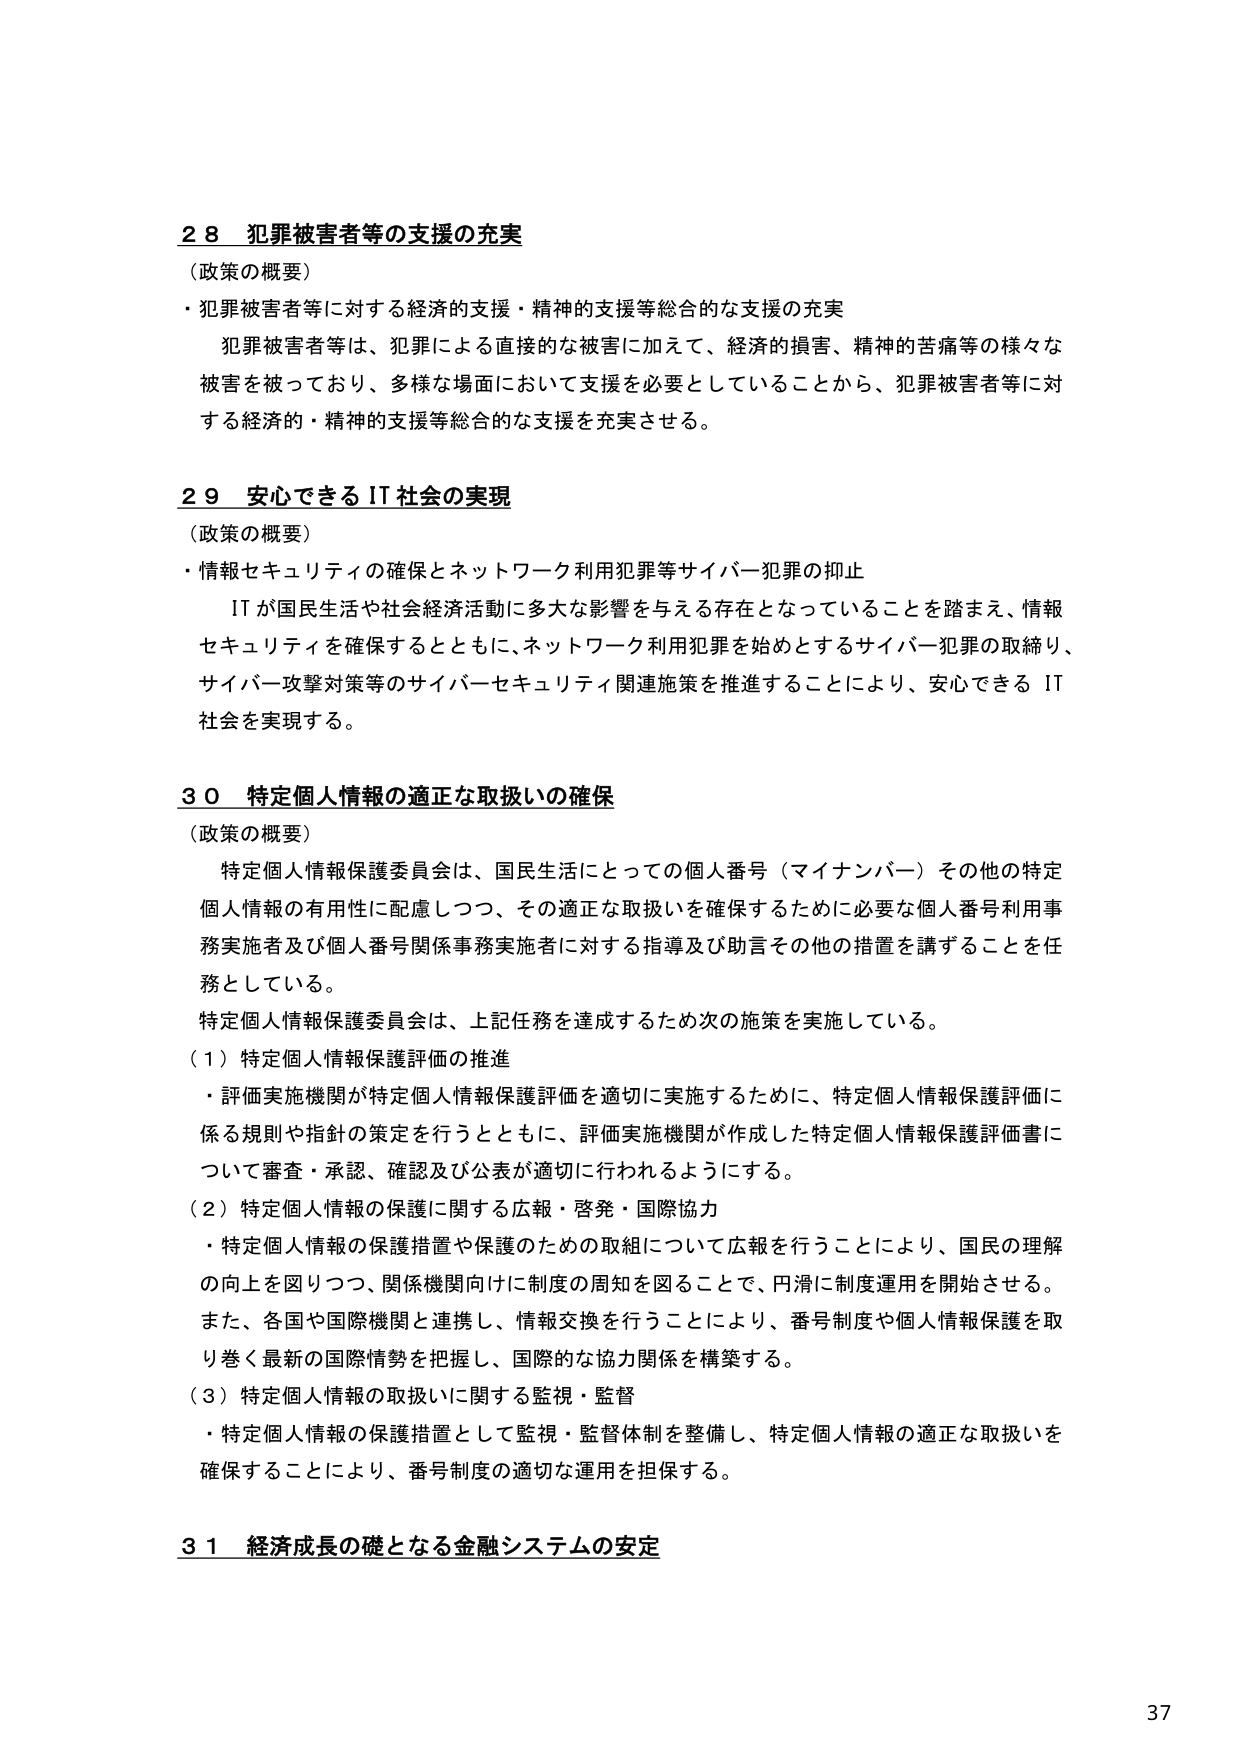
28 犯罪被害者等の支援の充実
（政策の概要）
・犯罪被害者等に対する経済的支援・精神的支援等総合的な支援の充実
　犯罪被害者等は、犯罪による直接的な被害に加えて、経済的損害、精神的苦痛等の様々な
　被害を被っており、多様な場面において支援を必要としていることから、犯罪被害者等に対
　する経済的・精神的支援等総合的な支援を充実させる。

29 安心できるIT社会の実現
（政策の概要）
・情報セキュリティの確保とネットワーク利用犯罪等サイバー犯罪の抑止
　ITが国民生活や社会経済活動に多大な影響を与える存在となっていることを踏まえ、情報
　セキュリティを確保するとともに、ネットワーク利用犯罪を始めとするサイバー犯罪の取締り、
　サイバー攻撃対策等のサイバーセキュリティ関連施策を推進することにより、安心できるIT
　社会を実現する。

30 特定個人情報の適正な取扱いの確保
（政策の概要）
　特定個人情報保護委員会は、国民生活にとっての個人番号（マイナンバー）その他の特定
　個人情報の有用性に配慮しつつ、その適正な取扱いを確保するために必要な個人番号利用事
　務実施者及び個人番号関係事務実施者に対する指導及び助言その他の措置を講ずることを任
　務としている。
　特定個人情報保護委員会は、上記任務を達成するため次の施策を実施している。
（1）特定個人情報保護評価の推進
　・評価実施機関が特定個人情報保護評価を適切に実施するために、特定個人情報保護評価に
　　係る規則や指針の策定を行うとともに、評価実施機関が作成した特定個人情報保護評価書に
　　ついて審査・承認、確認及び公表が適切に行われるようにする。
（2）特定個人情報の保護に関する広報・啓発・国際協力
　・特定個人情報の保護措置や保護のための取組について広報を行うことにより、国民の理解
　　の向上を図りつつ、関係機関向けに制度の周知を図ることで、円滑に制度運用を開始させる。
　　また、各国や国際機関と連携し、情報交換を行うことにより、番号制度や個人情報保護を取
　　り巻く最新の国際情勢を把握し、国際的な協力関係を構築する。
（3）特定個人情報の取扱いに関する監視・監督
　・特定個人情報の保護措置として監視・監督体制を整備し、特定個人情報の適正な取扱いを
　　確保することにより、番号制度の適切な運用を担保する。

31 経済成長の礎となる金融システムの安定

37